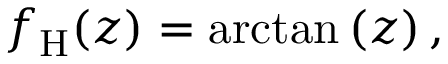
f _ { \mathrm { H } } ( z ) = \arctan \left( z \right) ,